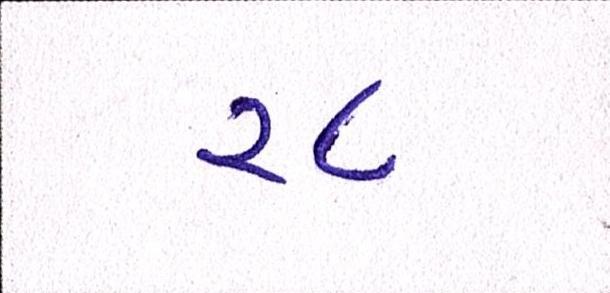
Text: ૨૮